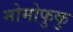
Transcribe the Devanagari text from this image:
मोमोफुकु